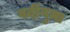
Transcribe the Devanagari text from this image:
वर्दीनुमा